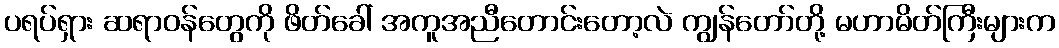
ပရပ်ရှား ဆရာဝန်တွေကို ဖိတ်ခေါ် အကူအညီတောင်းတော့လဲ ကျွန်တော်တို့ မဟာမိတ်ကြီးများက